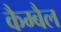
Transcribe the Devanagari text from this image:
कैम्बैल